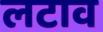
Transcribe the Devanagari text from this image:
लटाव